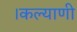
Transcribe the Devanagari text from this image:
।कल्याणी